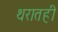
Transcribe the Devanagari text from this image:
थरातही